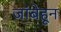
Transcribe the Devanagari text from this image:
जांबेहून